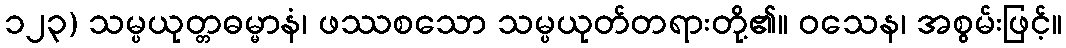
၁၂၃) သမ္ပယုတ္တဓမ္မာနံ၊ ဖဿစသော သမ္ပယုတ်တရားတို့၏။ ဝသေန၊ အစွမ်းဖြင့်။